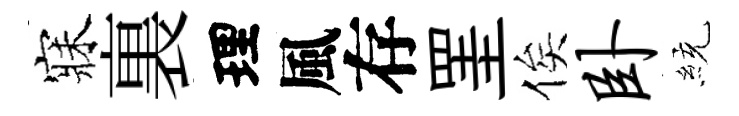
寐裏理風存罣俟卧統